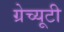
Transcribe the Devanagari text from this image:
ग्रेच्यूटी